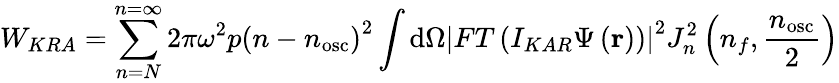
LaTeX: W_{KRA}=\sum_{n=N}^{n=\infty}2\pi\omega^{2}p\left(n-n_{\mathrm{osc}}\right)^{2}\int\mathrm{d}\Omega\left|FT\left(I_{KAR}\Psi\left(\mathbf{r}\right)\right)\right|^{2}J_{n}^{2}\left(n_{f},{\frac{n_{\mathrm{osc}}}{2}}\right)